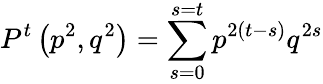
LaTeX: P^{t}\left(p^{2},q^{2}\right)=\sum_{s=0}^{s=t}p^{2\left(t-s\right)}q^{2s}